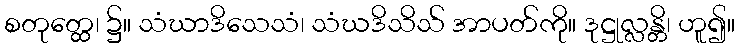
စတုတ္ထေ၊ ၌။ သံဃာဒိသေသံ၊ သံဃဒိသိသ် အာပတ်ကို။ ဒုဋ္ဌုလ္လန္တိ၊ ဟူ၍။